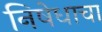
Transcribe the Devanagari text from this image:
निषेधाचा